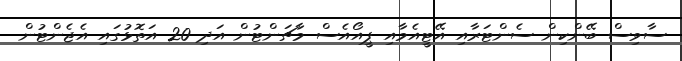
ސާވިސް ބޭންކިން ސެންޓަރާއި އޭޓީއެމާއި ޕީއޯއެސް މާޗަންޓުން އަދި 20 އަތޮޅުގައި އެޖެންޓުން